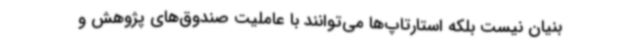
بنیان نیست بلکه استارتاپ‌ها می‌توانند با عاملیت صندوق‌های پژوهش و